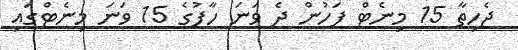
ޖެހިތާ 15 މިނެޓް ފަހުން ދެ ވަނަ ހާފުގެ 15 ވަނަ މިނެޓްގައި